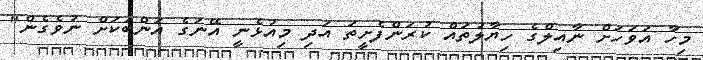
މިހާ އަވަހަށް ނާއިލްގެ ހިޔާލުތައް ކުރަންފެށީތަ އަދި މިއުޅެނީ އޭނަގެ އަންބަކަށް ނުވެގެން"